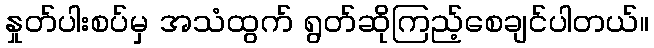
နှုတ်ပါးစပ်မှ အသံထွက် ရွတ်ဆိုကြည့်စေချင်ပါတယ်။